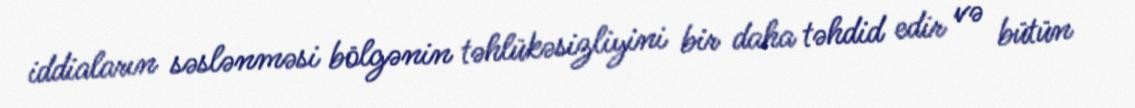
iddiaların səslənməsi bölgənin təhlükəsizliyini bir daha təhdid edir və bütün